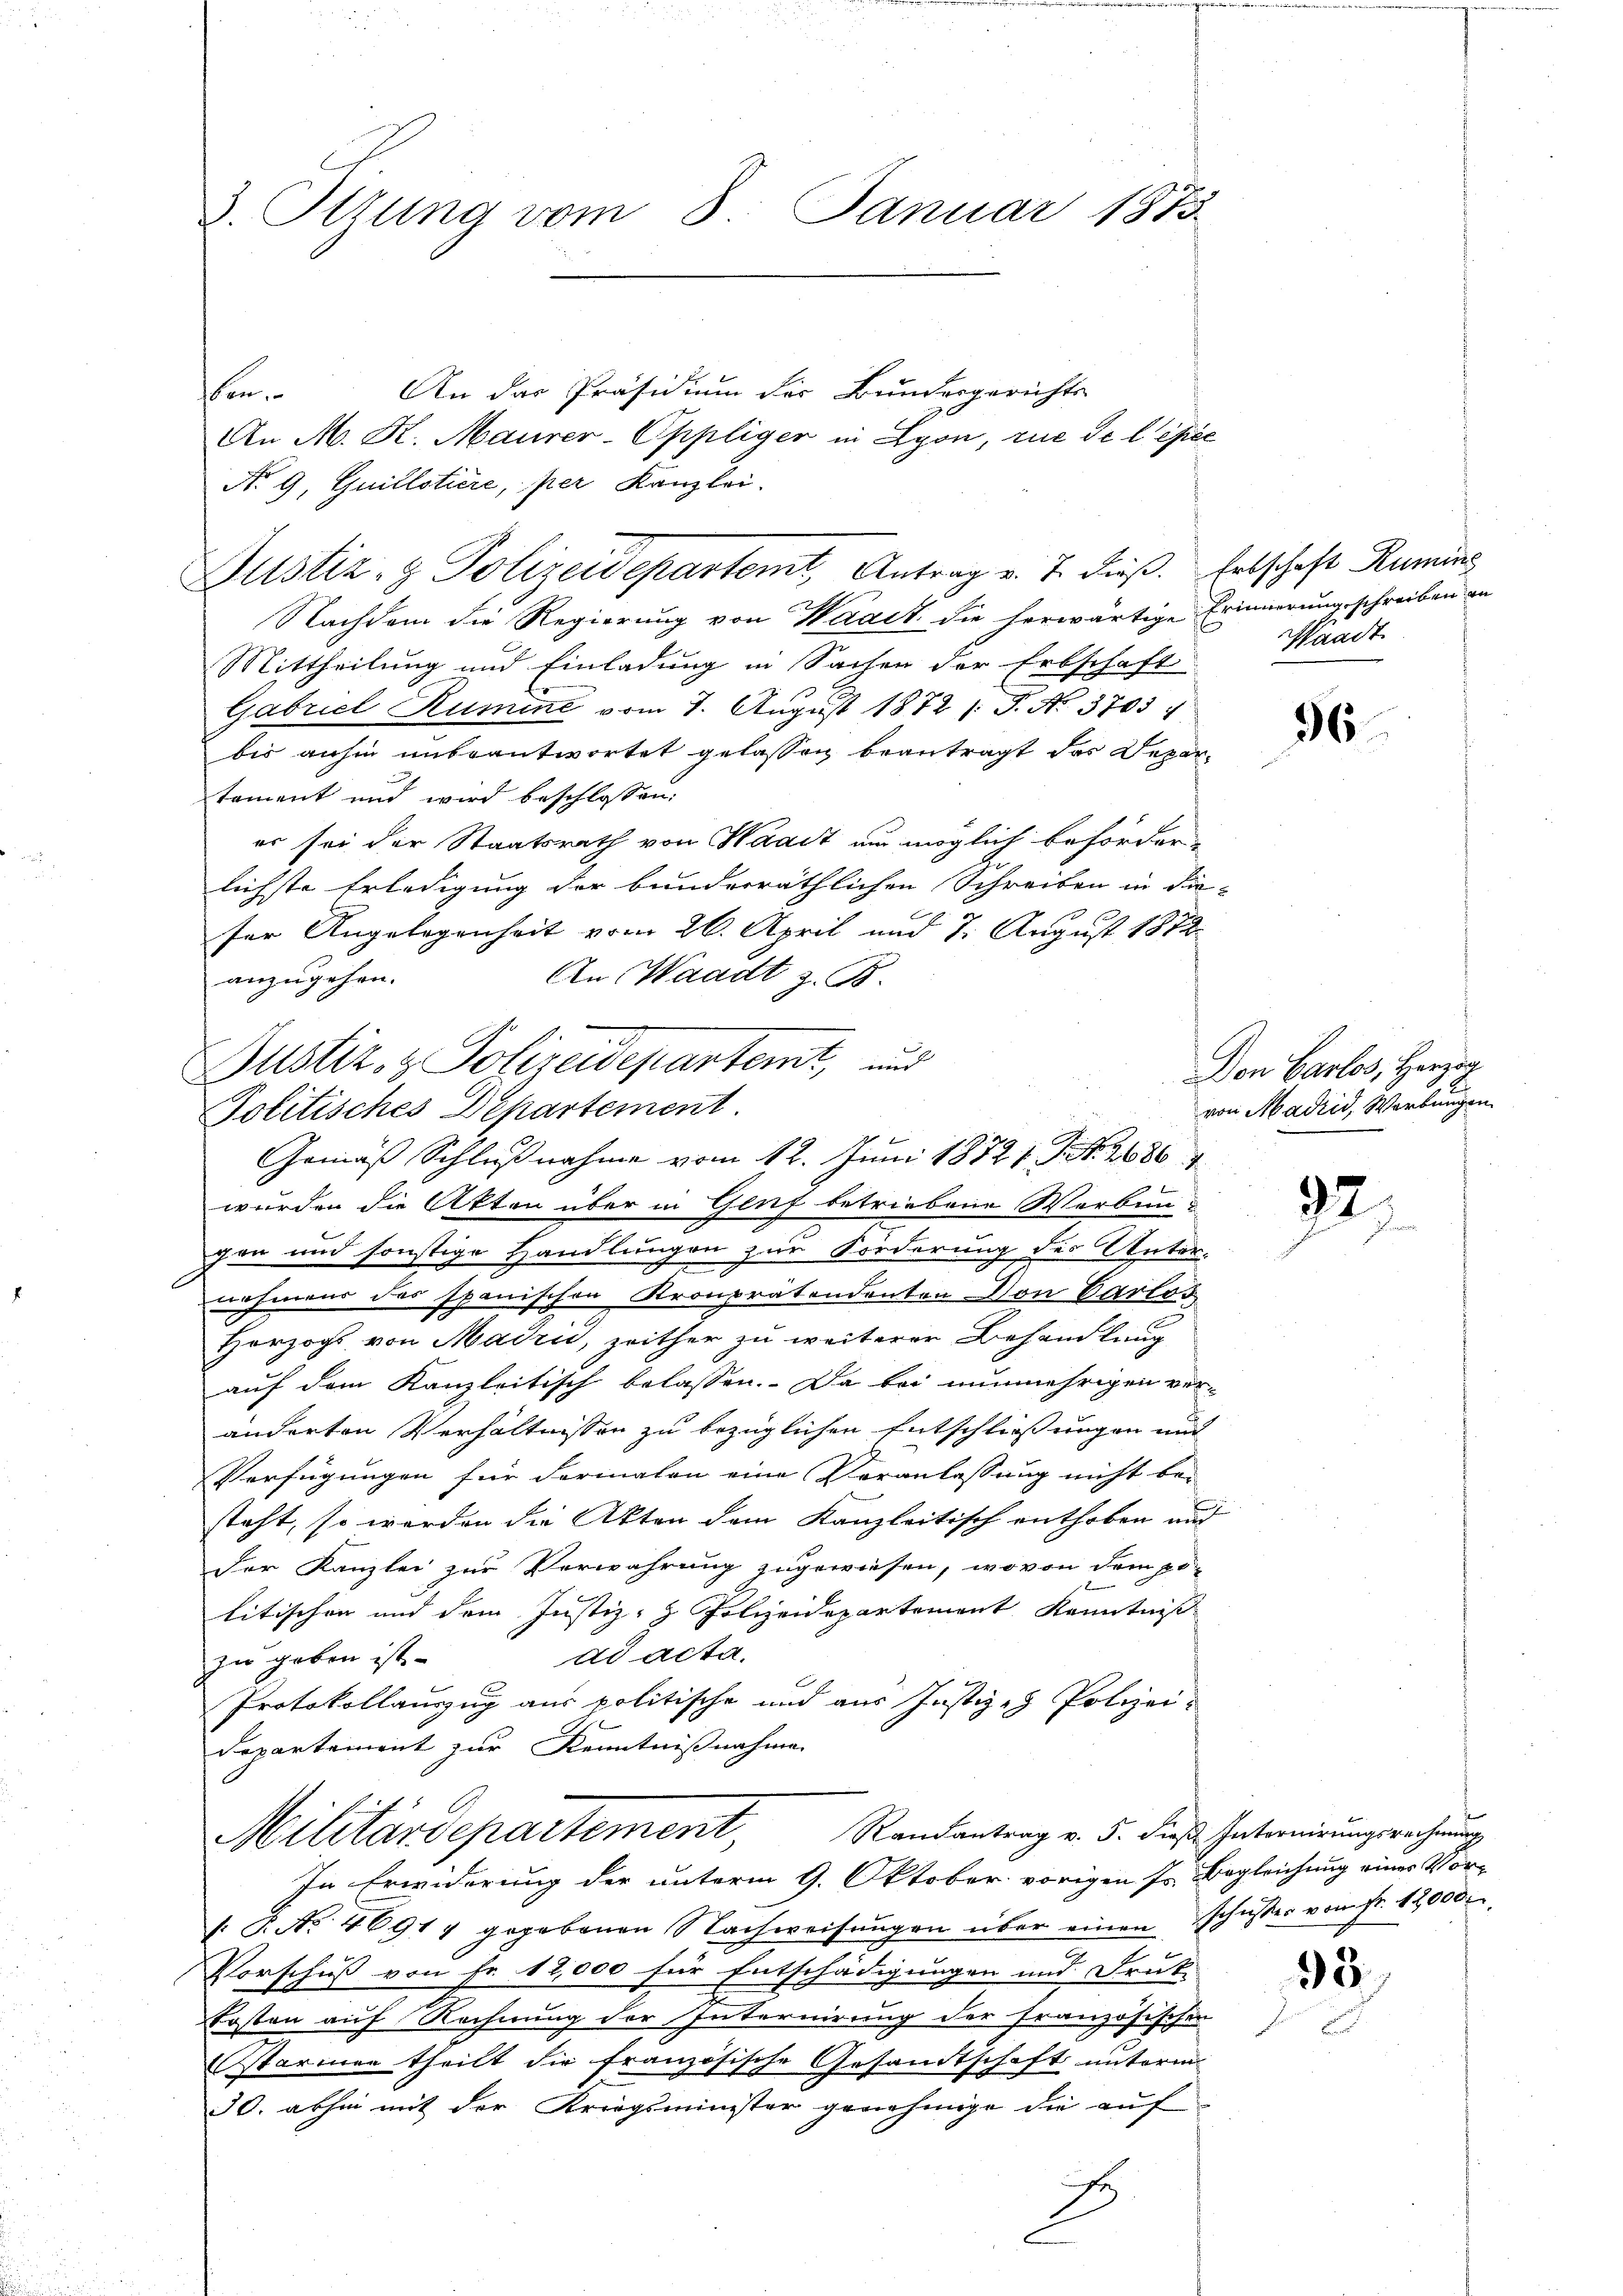
3. Ottung vom 8. Januar 1873.

An das Präsidium des Bundesgerichts
An M. K. Maurer-Oppliger in Lyon, rue de l épéc
No 9. Quillstiere, per Kanzlei.
Nachdem die Regierung von Waadt die herwärtige Erinnerung schreiben an
Mittheilung und Einladung in Sachen der Erbschaft
Gabriel Rumine vom 7. August 1872 (T. No. 3703
bis anhin unbeantwortet gelassen beantragt das Depar-
tement und wird beschlossen:
er sei der Staatsrath von Haart au möglich behörderlichste Erledigung der bunderräthlichen Schreiben in die-
ser Angelegenheit vom 26. April und 7. August 1872.
An Waadt z. B.
anzugehen.
Gemäß Schlußnahme vom 12. Juni 18721. Fr. 2686
wurden die Akten über in Genf betriebene Werbungen und sonstige Handlungen zur Forderung des Unter-
nehmens das spanischen Kronprätendenten Von Carlos
2
Horzogs von Madrić, zeither zu weiterer Behandlung
auf dem Kanzleitisch belassen. Da bei nunmehrigen veränderten Verhältnissen zu bezüglichen Entschließungen und
Verfügungen für Formalen eine Veranlassung nicht be-
steht, so werden die Akten dem Kanzleitisch enthoben und
Der Kanzlei zur Verwahrung zugewiesen, wovon dem po-
x
litischen und dem Justiz- & Polizeidepartement Kenntniß
ad acta.
zu geben ist.
E
Protokollauszug aus politische und aus Justiz- & Polizei-
Departement zur Kenntnißnahme
Militärdepartement, Randantrag v. 5. dies Interirungsrechnung
In Erwiderung der unterm 9. Oktober vorigen Jr. Begleichung eines Vor-
1. f. No. 46914 gegebenen Nachweisŭngen über einen schüsser vom fr. 12000.
Vorschuß von Fr. 12,000 für Entschädigungen und Druk-
Kosten auf Rechnung der Internirung der französischen
starmen theilt die französische Gesandtschaft unterm
30. abhin mit der Kriegsminister genehmige die auf
2
2

n

Justiz- & Polizeidepartemt, und
Politisches Departement

Justiz- & Polizeidepartemt, Antrag v. J. dieß. Entschaft Rumins

Waadt.

36

Don Carlos, Herzog
12
von Madrid, Werbungen

92.

33